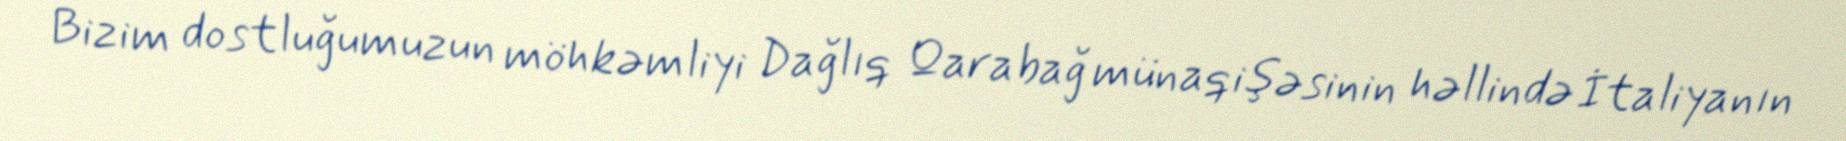
Bizim dostluğumuzun möhkəmliyi Dağlıq Qarabağ münaqişəsinin həllində İtaliyanın